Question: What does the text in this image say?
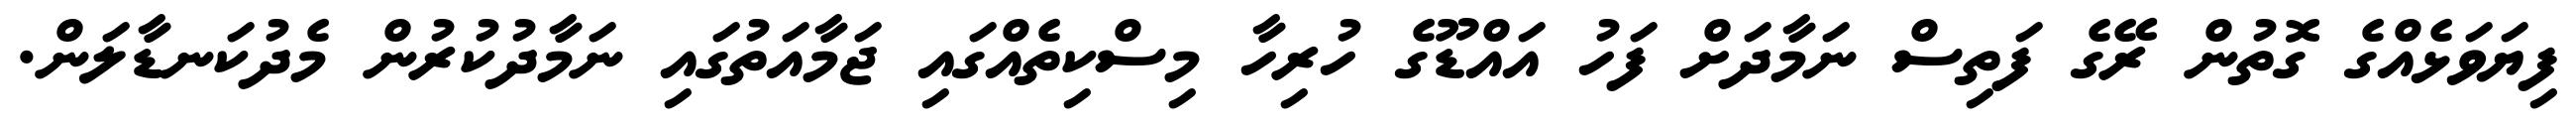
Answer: ފިޔަވަޅެއްގެ ގޮތުން ރޭގެ ފަތިސް ނަމާދަށް ފަހު އައްޑޫގެ ހުރިހާ މިސްކިތެއްގައި ޖަމާއަތުގައި ނަމާދުކުރުން މެދުކަނޑާލަން.